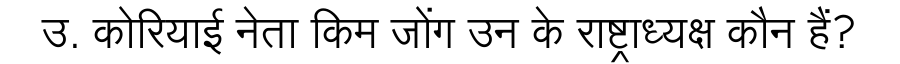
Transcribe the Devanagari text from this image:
उ. कोरियाई नेता किम जोंग उन के राष्ट्राध्यक्ष कौन हैं?